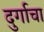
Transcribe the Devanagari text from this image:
दुर्गाचा